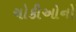
ચોકીઓનો